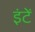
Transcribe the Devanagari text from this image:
इंटें